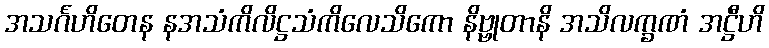
အသင်္ဂဟိတေန နအသံကိလိဋ္ဌသံကိလေသိကော နိဗ္ဗုတာနိ အသိလက္ခဏံ အဋ္ဌီဟိ